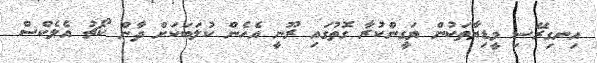
އިނގިރޭސި މީޑިޔާތަކުން ޔަގީންކުރާ ގޮތުގައި ރޫނީ އެހެން ކުލަބަކަށް ދާން ކޯޗު އެލެކްސް